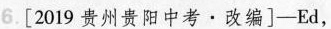
6.[2019 贵州贵阳中考·改编]-Ed,